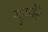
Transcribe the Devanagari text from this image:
पट्टुक्कोटै